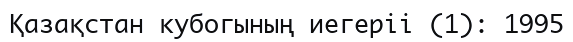
Қазақстан кубогының иегеріі (1): 1995